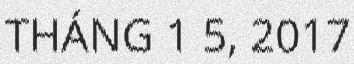
THÁNG 1 5, 2017